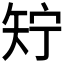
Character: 𬑱